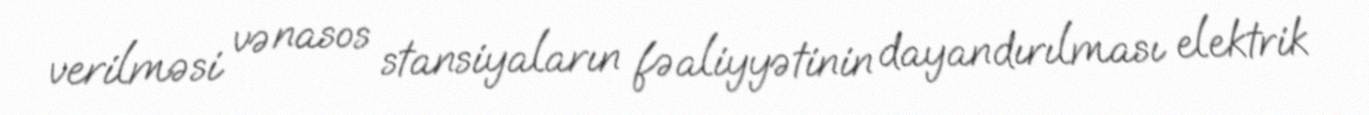
verilməsi və nasos stansiyaların fəaliyyətinin dayandırılması elektrik